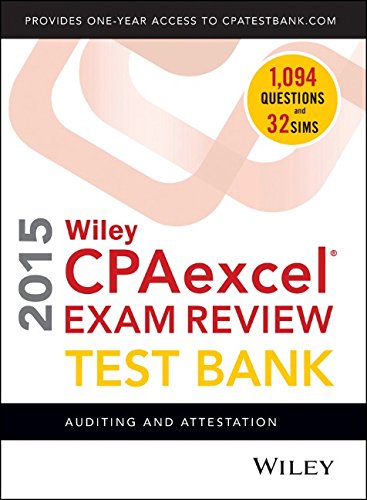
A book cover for Wiley CPAexcel Exam Review 2015 Test Bank: Auditing and Attestation; O. Ray Whittington; Test Preparation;